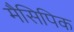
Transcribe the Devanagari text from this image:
मैसिपिक